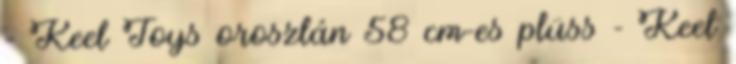
- Keel Toys oroszlán 58 cm-es plüss - Keel